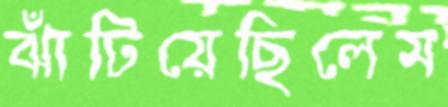
ঝাঁটিয়েছিলেম